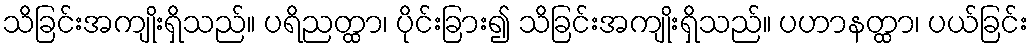
သိခြင်းအကျိုးရှိသည်။ ပရိညတ္ထာ၊ ပိုင်းခြား၍ သိခြင်းအကျိုးရှိသည်။ ပဟာနတ္ထာ၊ ပယ်ခြင်း